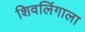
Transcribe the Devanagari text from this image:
शिवलिंगाला